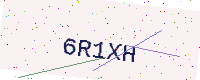
Text: 6R1XH